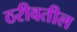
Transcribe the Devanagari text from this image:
ठरीवतील